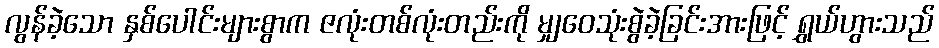
လွန်ခဲ့သော နှစ်ပေါင်းများစွာက ဇလုံးတစ်လုံးတည်းကို မျှဝေသုံးစွဲခဲ့ခြင်းအားဖြင့် ရွှယ်ဟွားသည်